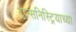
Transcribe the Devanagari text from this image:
ट्रान्सनिस्ट्रियाच्या